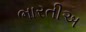
ભારતીઅ